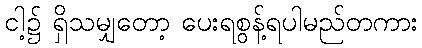
ငါ့၌ ရှိသမျှတော့ ပေးရစွန့်ရပါမည်တကား